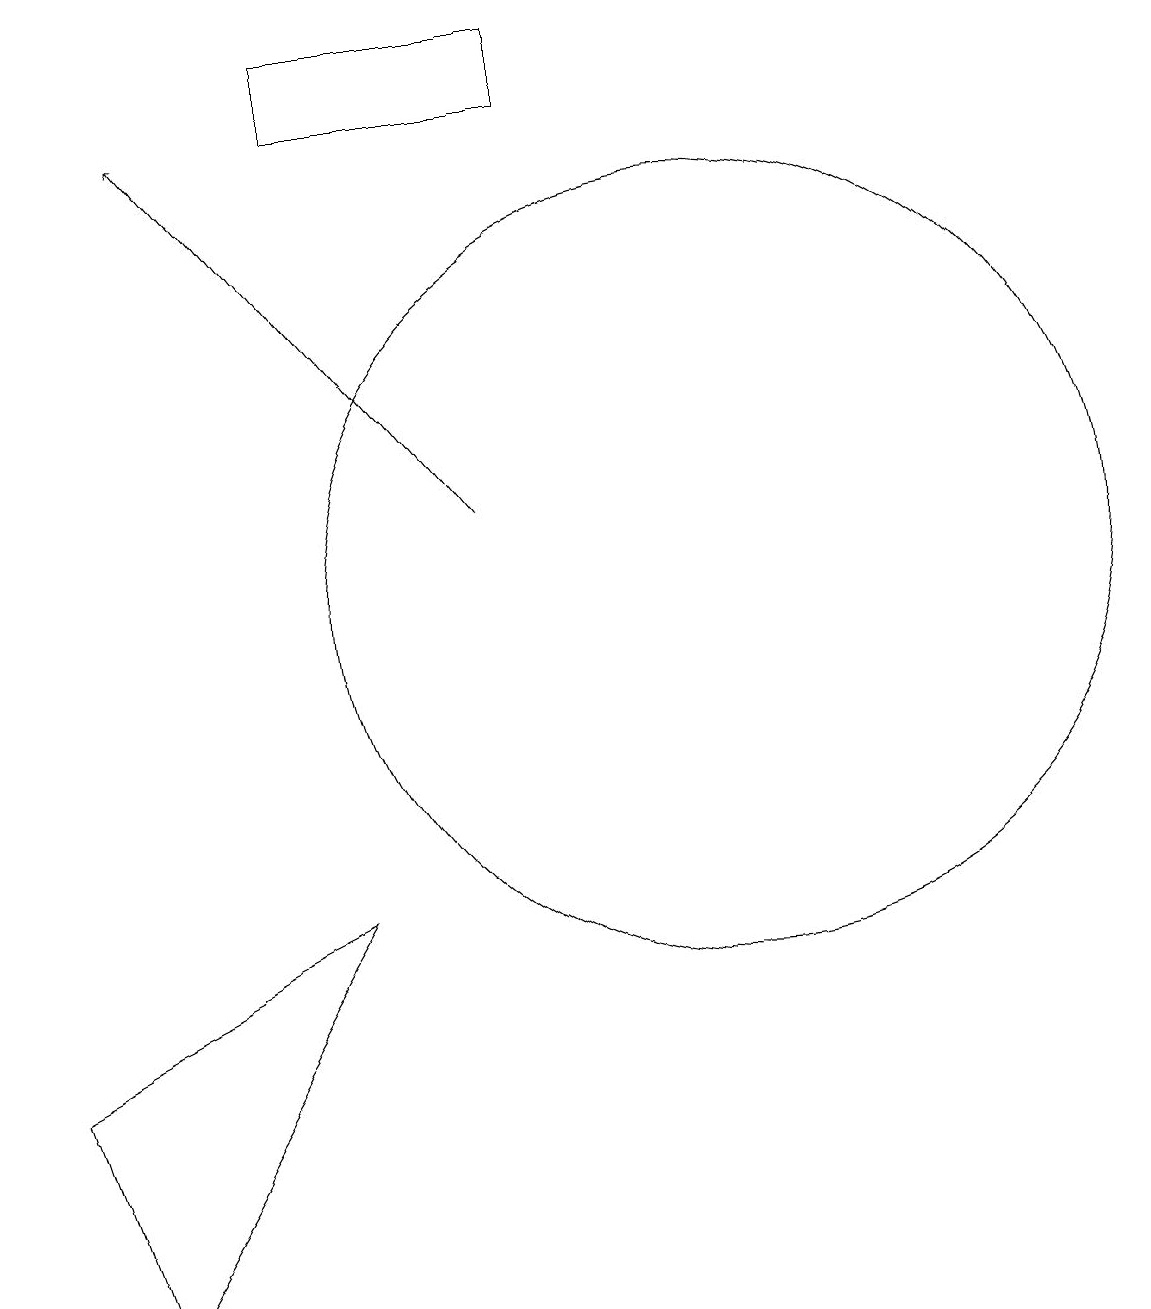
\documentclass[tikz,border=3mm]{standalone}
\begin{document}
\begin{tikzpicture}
\draw (11,12) circle (0);
\draw (6,6) -- (3,1) -- (2,4) -- cycle;
\draw (11,10) circle (5);
\draw (9,16) rectangle (6,17);
\draw[->] (8,11) -- (4,16);
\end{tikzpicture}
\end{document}